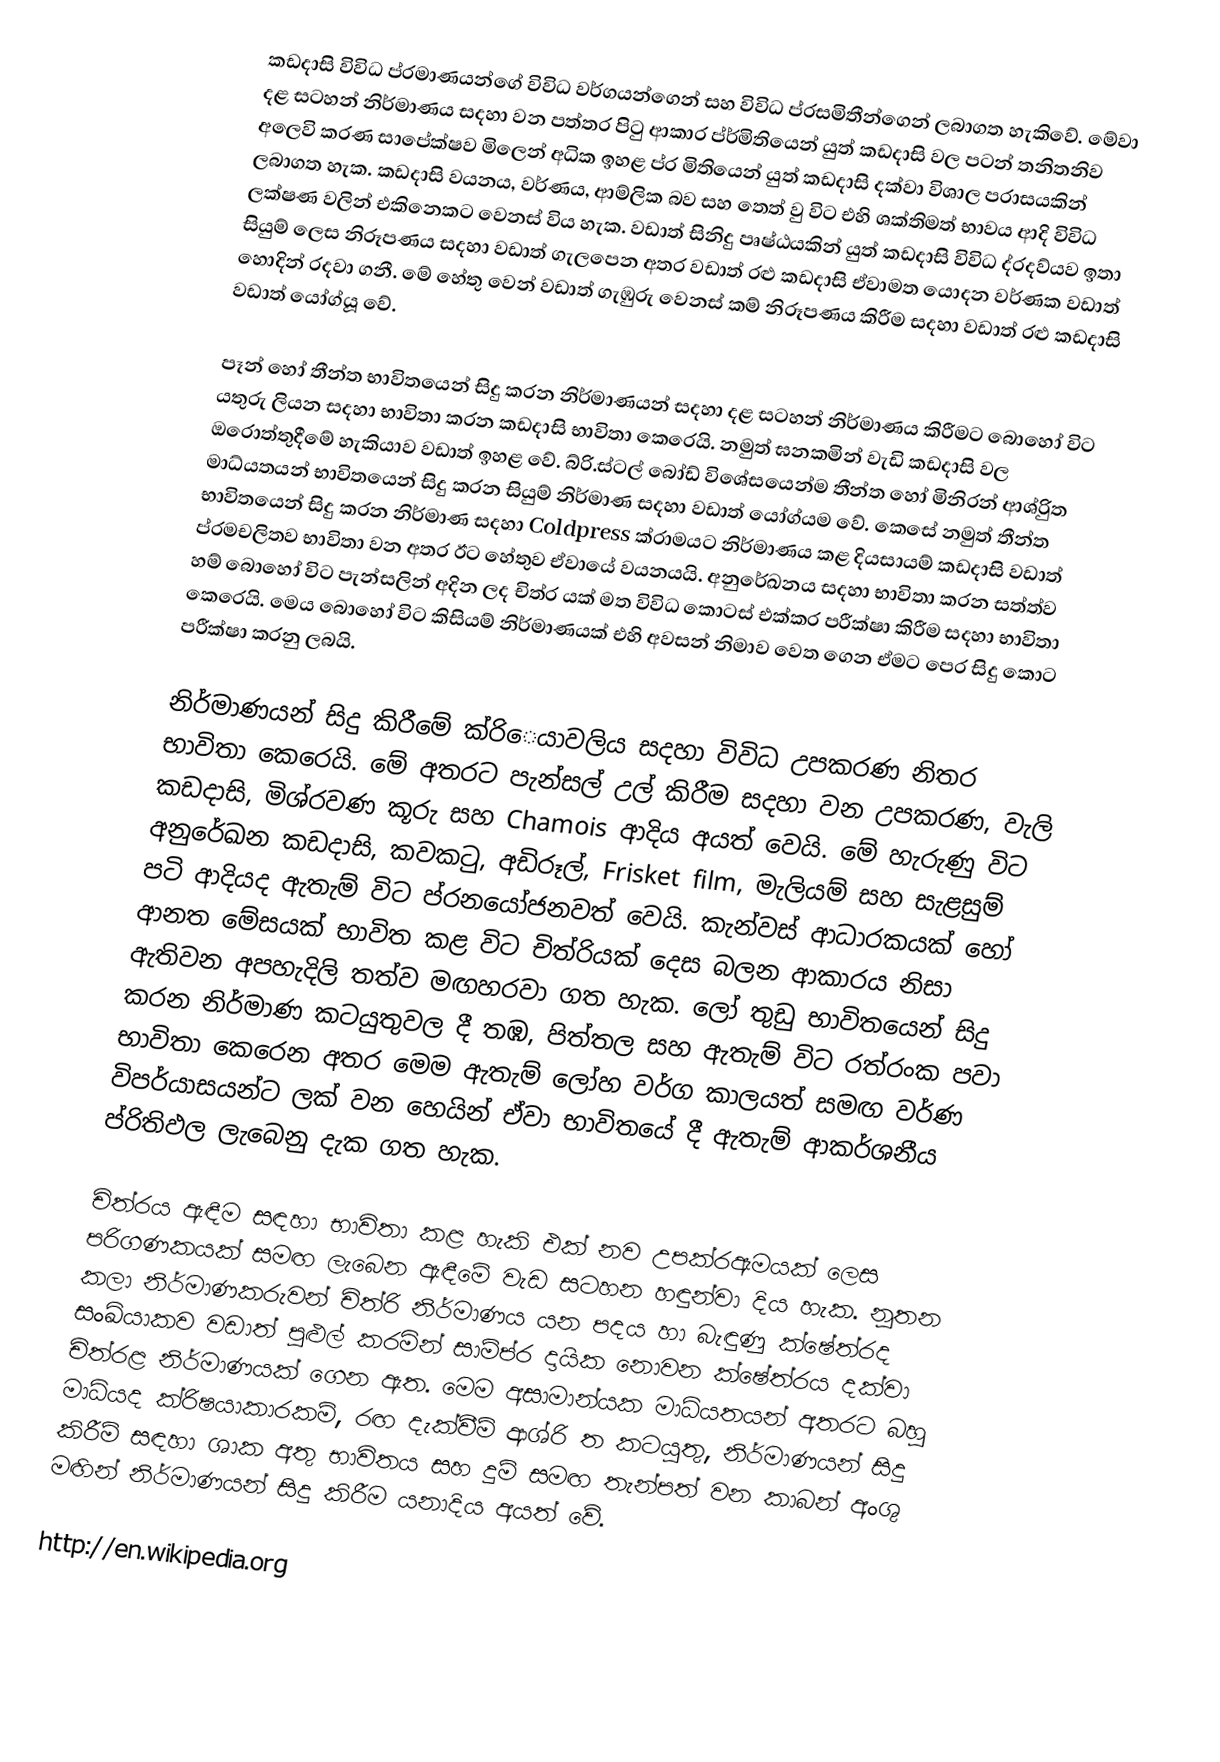
කඩදාසි විවිධ ප්ර‍මාණයන්ගේ විවිධ වර්ගයන්ගෙන් සහ විවිධ ප්රසමිතීන්ගෙන් ලබාගත හැකිවේ. මේවා දළ සටහන් නිර්මාණය සදහා වන පත්තර පිටු ආකාර ප්ර්මිතියෙන් යුත් කඩදාසි වල පටන් තනිතනිව අලෙවි කරණ සාපේක්ෂව මිලෙන් අධික ඉහළ ප්ර මිතියෙන් යුත් කඩද‍ාසි දක්වා විශාල පරාසයකින් ලබාගත හැක. කඩදාසි වයනය, වර්ණය, ආම්ලික බව සහ තෙත් වු විට එහි ශක්තිමත් භාවය ආදි විවිධ ලක්ෂණ වලින් එකිනෙකට වෙනස් විය හැක. වඩාත් සිනිදු පෘෂ්ඨයකින් යුත් කඩදාසි විවිධ ද්රදව්යව ඉතා සියුම් ලෙස නිරූපණය සදහා වඩාත් ගැලපෙන අතර වඩාත් රළු කඩදාසි ඒවාමත යොදන වර්ණක වඩාත් හොදින් රදවා ගනී. මේ හේතු	වෙන් වඩාත් ගැඹුරු වෙනස් කම් නිරූපණය කිරීම සදහා වඩාත් රළු කඩදාසි වඩාත් යෝග්යූ වේ.

පෑන් හෝ තීන්ත භාවිතයෙන් සිදු කරන නිර්මාණයන් සදහා දළ සටහන් නිර්මාණය කිරීමට බොහෝ විට යතුරු ලියන සදහා භාවිතා කරන කඩදාසි භාවිතා කෙරෙයි. නමුත් ඝනකමින් වැඩි කඩදාසි වල ඔරොත්තුදීමේ හැකියාව වඩාත් ඉහළ වේ. බ්රි.ස්ටල් බෝඩ් විශේසයෙන්ම තීන්ත හෝ මිනිරන් ආශ්රිුත මාධ්යතයන් භාවිතයෙන් සිදු කරන සියුම් නිර්මාණ සදහා වඩාත් යෝග්යම වේ. කෙසේ නමුත් තීන්ත භාවිතයෙන් සිදු කරන නිර්මාණ සදහා Coldpress ක්රාමයට නිර්මාණය කළ දියසායම් කඩදාසි වඩාත් ප්රමචලිතව භාවිතා වන අතර ඊට හේතුව ඒවායේ වයනයයි. අනුරේඛනය සදහා භාවිතා කරන සත්ත්ව හම් බොහෝ විට පැන්සලින් අදින ලද චිත්ර යක් මත විවිධ කොටස් එක්කර පරීක්ෂා කිරීම සදහා භාවිතා කෙරෙයි. මෙය බොහෝ විට කිසියම් නිර්මාණයක් එහි අවසන් නිමාව වෙත ගෙන ඒමට පෙර සිදු කොට පරීක්ෂා කරනු ලබයි.

නිර්මාණයන් සිදු කිරීමේ ක්රිෙයාවලිය සදහා විවිධ උපකරණ නිතර භාවිතා කෙරෙයි. මේ අතරට පැන්සල් උල් කිරීම සදහා වන උපකරණ, වැලි කඩදාසි, මිශ්රවණ කූරු සහ Chamois ආදිය අයත් වෙයි. මේ හැරුණු විට අනුරේඛන කඩදාසි, කවකටු, අඩිරූල්, Frisket film, මැලියම් සහ සැළසුම් පටි ආදියද ඇතැම් විට ප්රනයෝජනවත් වෙයි. කැන්වස් ආධාරකයක් හෝ ආනත මේසයක් භාවිත කළ විට චිත්රියක් දෙස බලන ආකාරය නිසා ඇතිවන අපහැදිලි තත්ව මඟහරවා ගත හැක. ලෝ තුඩු භාවිතයෙන් සිදු කරන නිර්මාණ කටයුතුවල දී තඹ, පිත්තල සහ ඇතැම් විට රත්රංක පවා භාවිතා කෙරෙන අතර මෙම ඇතැම් ලෝහ වර්ග කාලයත් සමඟ වර්ණ විපර්යාසයන්ට ලක් වන හෙයින් ඒවා ‍භාවිතයේ දී ඇතැම් ආකර්ශනීය ප්රිතිඵල ලැබෙනු දැක ගත හැක.

චිත්රය ඇඳීම සඳහා භාවිතා කළ හැකි එක් නව උපක්රඇමයක් ලෙස පරිගණකයක් සමඟ ලැබෙන ඇඳීමේ වැඩ සටහන හඳුන්වා දිය හැක. නූතන කලා නිර්මාණකරුවන් චිත්රි නිර්මාණය යන පදය හා බැඳුණු ක්ෂේත්රද සංඛ්යාකව වඩාත් පුළුල් කරමින් සාම්ප්ර දායික නොවන ක්ෂේත්රය දක්වා චිත්රළ නිර්මාණයක් ගෙන ඇත. මෙම අසාමාන්යක මාධ්යතයන් අතරට බහු මාධ්යද ක්රිෂයාකාරකම්, රඟ දැක්වීම් ආශ්රි ත කටයුතු, නිර්මාණයන් සිදු කිරීම් සඳහා ශාක අතු භාවිතය සහ දුම් සමඟ තැන්පත් වන කාබන් අංශු මඟින් නිර්මාණයන් සිදු කිරීම යනාදිය අයත් වේ.

http://en.wikipedia.org